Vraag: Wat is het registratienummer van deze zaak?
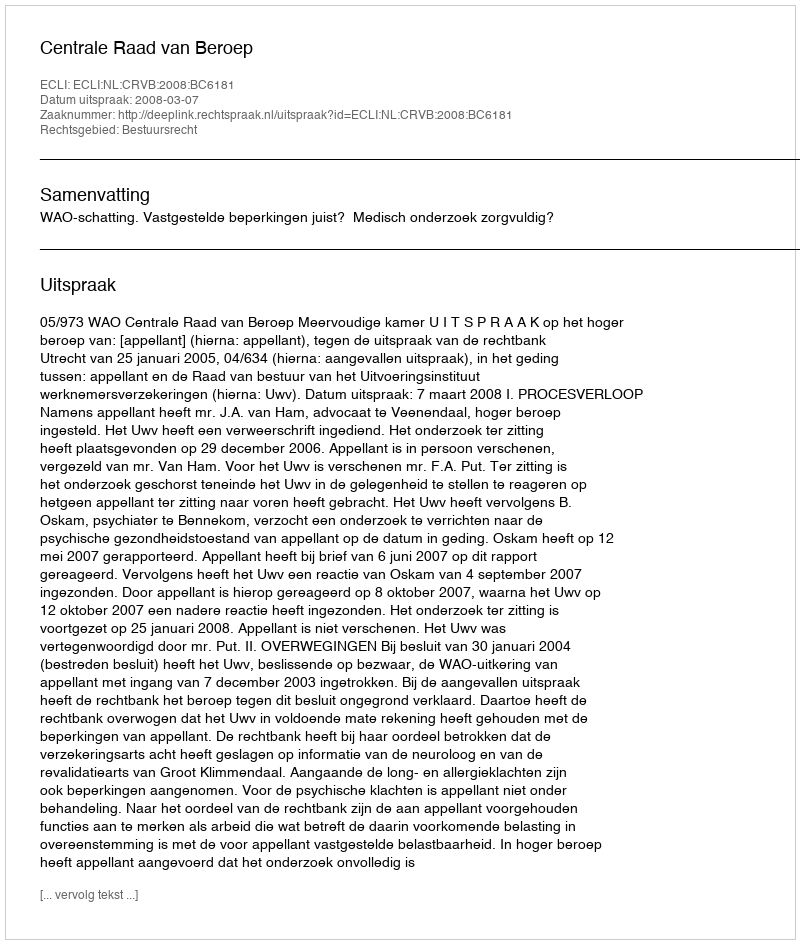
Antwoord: http://deeplink.rechtspraak.nl/uitspraak?id=ECLI:NL:CRVB:2008:BC6181